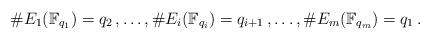
LaTeX: \begin{align*} \#E_1(\mathbb{F}_{q_1}) = q_2\,, \ldots,\#E_i(\mathbb{F}_{q_i}) = q_{i+1}\,,\ldots,\#E_m(\mathbb{F}_{q_m}) = q_1\,. \end{align*}